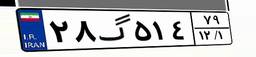
۲۸گ۵۱۴۷۹